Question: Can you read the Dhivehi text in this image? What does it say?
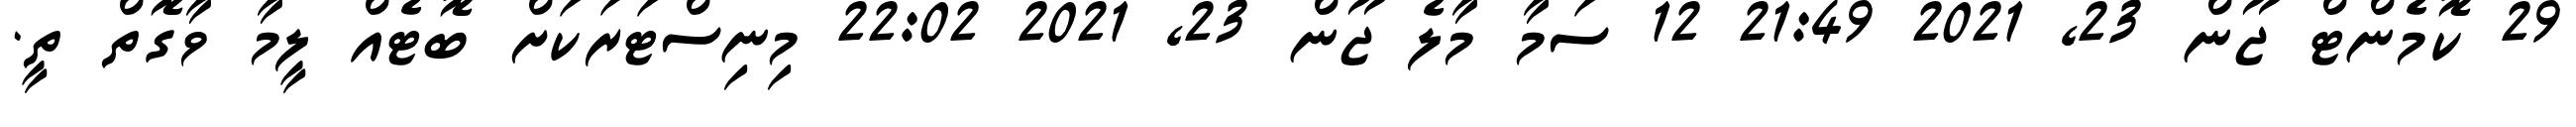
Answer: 29 ކޮމެންޓް ޖޫން 23, 2021 21:49 12 ސަމާ މާލެ ޖޫން 23, 2021 22:02 މިނިސްޓަރަކަށް ބޮޓެއް ލީމާ ވާގޮތް ތީ.